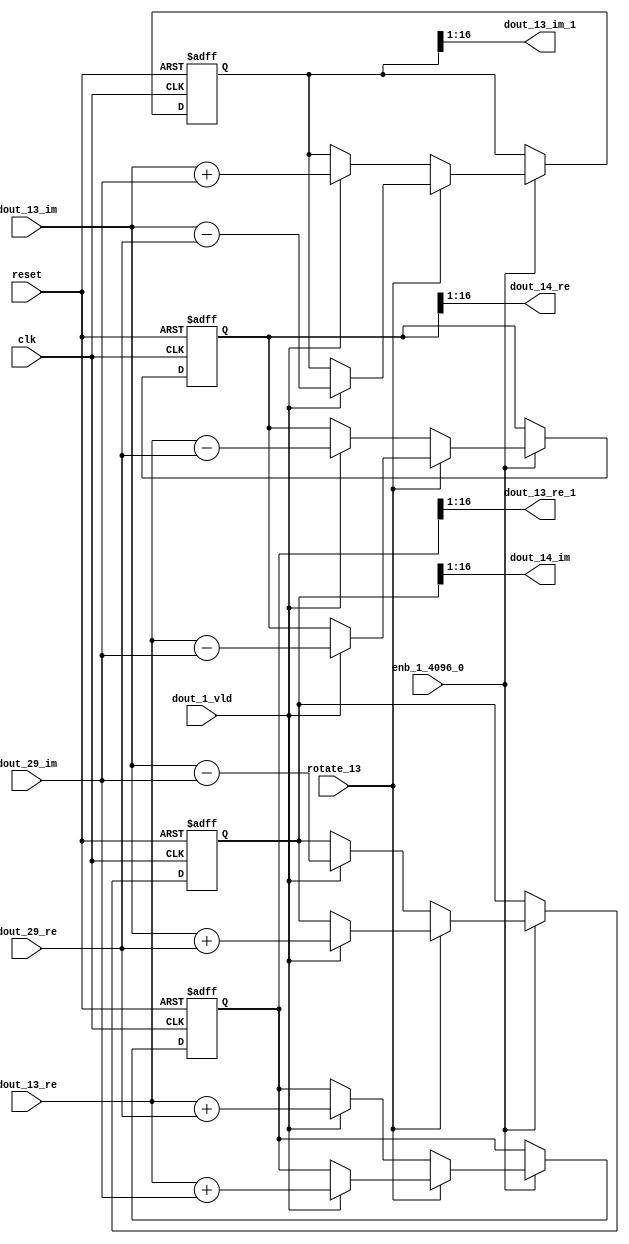
// -------------------------------------------------------------
// 
// 
// Generated by MATLAB 9.14 and HDL Coder 4.1
// 
// -------------------------------------------------------------


// -------------------------------------------------------------
// 
// Module: RADIX22FFT_SDNF2_4_block5
// Source Path: dsphdl.IFFT/RADIX22FFT_SDNF2_4
// Hierarchy Level: 4
// 
// -------------------------------------------------------------

`timescale 1 ns / 1 ns

module RADIX22FFT_SDNF2_4_block5
          (clk,
           reset,
           enb_1_4096_0,
           rotate_13,
           dout_13_re,
           dout_13_im,
           dout_29_re,
           dout_29_im,
           dout_1_vld,
           dout_13_re_1,
           dout_13_im_1,
           dout_14_re,
           dout_14_im);


  input   clk;
  input   reset;
  input   enb_1_4096_0;
  input   rotate_13;  // ufix1
  input   signed [15:0] dout_13_re;  // sfix16_En14
  input   signed [15:0] dout_13_im;  // sfix16_En14
  input   signed [15:0] dout_29_re;  // sfix16_En14
  input   signed [15:0] dout_29_im;  // sfix16_En14
  input   dout_1_vld;
  output  signed [15:0] dout_13_re_1;  // sfix16_En14
  output  signed [15:0] dout_13_im_1;  // sfix16_En14
  output  signed [15:0] dout_14_re;  // sfix16_En14
  output  signed [15:0] dout_14_im;  // sfix16_En14


  reg  Radix22ButterflyG2_NF_din_vld_dly;
  reg signed [16:0] Radix22ButterflyG2_NF_btf1_re_reg;  // sfix17
  reg signed [16:0] Radix22ButterflyG2_NF_btf1_im_reg;  // sfix17
  reg signed [16:0] Radix22ButterflyG2_NF_btf2_re_reg;  // sfix17
  reg signed [16:0] Radix22ButterflyG2_NF_btf2_im_reg;  // sfix17
  reg  Radix22ButterflyG2_NF_din_vld_dly_next;
  reg signed [16:0] Radix22ButterflyG2_NF_btf1_re_reg_next;  // sfix17_En14
  reg signed [16:0] Radix22ButterflyG2_NF_btf1_im_reg_next;  // sfix17_En14
  reg signed [16:0] Radix22ButterflyG2_NF_btf2_re_reg_next;  // sfix17_En14
  reg signed [16:0] Radix22ButterflyG2_NF_btf2_im_reg_next;  // sfix17_En14
  reg signed [15:0] dout_13_re_2;  // sfix16_En14
  reg signed [15:0] dout_13_im_2;  // sfix16_En14
  reg signed [15:0] dout_14_re_1;  // sfix16_En14
  reg signed [15:0] dout_14_im_1;  // sfix16_En14
  reg  dout_4_vld;
  reg signed [16:0] Radix22ButterflyG2_NF_add_cast;  // sfix17_En14
  reg signed [16:0] Radix22ButterflyG2_NF_add_cast_0;  // sfix17_En14
  reg signed [16:0] Radix22ButterflyG2_NF_add_cast_1;  // sfix17_En14
  reg signed [16:0] Radix22ButterflyG2_NF_add_cast_2;  // sfix17_En14
  reg signed [16:0] Radix22ButterflyG2_NF_sub_cast;  // sfix17_En14
  reg signed [16:0] Radix22ButterflyG2_NF_sub_cast_0;  // sfix17_En14
  reg signed [16:0] Radix22ButterflyG2_NF_sub_cast_1;  // sfix17_En14
  reg signed [16:0] Radix22ButterflyG2_NF_sub_cast_2;  // sfix17_En14
  reg signed [16:0] Radix22ButterflyG2_NF_sra_temp;  // sfix17_En14
  reg signed [16:0] Radix22ButterflyG2_NF_add_cast_3;  // sfix17_En14
  reg signed [16:0] Radix22ButterflyG2_NF_add_cast_4;  // sfix17_En14
  reg signed [16:0] Radix22ButterflyG2_NF_add_cast_5;  // sfix17_En14
  reg signed [16:0] Radix22ButterflyG2_NF_add_cast_6;  // sfix17_En14
  reg signed [16:0] Radix22ButterflyG2_NF_sra_temp_0;  // sfix17_En14
  reg signed [16:0] Radix22ButterflyG2_NF_sub_cast_3;  // sfix17_En14
  reg signed [16:0] Radix22ButterflyG2_NF_sub_cast_4;  // sfix17_En14
  reg signed [16:0] Radix22ButterflyG2_NF_sub_cast_5;  // sfix17_En14
  reg signed [16:0] Radix22ButterflyG2_NF_sub_cast_6;  // sfix17_En14
  reg signed [16:0] Radix22ButterflyG2_NF_sra_temp_1;  // sfix17_En14
  reg signed [16:0] Radix22ButterflyG2_NF_sra_temp_2;  // sfix17_En14


  // Radix22ButterflyG2_NF
  always @(posedge clk or posedge reset)
    begin : Radix22ButterflyG2_NF_process
      if (reset == 1'b1) begin
        Radix22ButterflyG2_NF_din_vld_dly <= 1'b0;
        Radix22ButterflyG2_NF_btf1_re_reg <= 17'sb00000000000000000;
        Radix22ButterflyG2_NF_btf1_im_reg <= 17'sb00000000000000000;
        Radix22ButterflyG2_NF_btf2_re_reg <= 17'sb00000000000000000;
        Radix22ButterflyG2_NF_btf2_im_reg <= 17'sb00000000000000000;
      end
      else begin
        if (enb_1_4096_0) begin
          Radix22ButterflyG2_NF_din_vld_dly <= Radix22ButterflyG2_NF_din_vld_dly_next;
          Radix22ButterflyG2_NF_btf1_re_reg <= Radix22ButterflyG2_NF_btf1_re_reg_next;
          Radix22ButterflyG2_NF_btf1_im_reg <= Radix22ButterflyG2_NF_btf1_im_reg_next;
          Radix22ButterflyG2_NF_btf2_re_reg <= Radix22ButterflyG2_NF_btf2_re_reg_next;
          Radix22ButterflyG2_NF_btf2_im_reg <= Radix22ButterflyG2_NF_btf2_im_reg_next;
        end
      end
    end

  always @(Radix22ButterflyG2_NF_btf1_im_reg, Radix22ButterflyG2_NF_btf1_re_reg,
       Radix22ButterflyG2_NF_btf2_im_reg, Radix22ButterflyG2_NF_btf2_re_reg,
       Radix22ButterflyG2_NF_din_vld_dly, dout_13_im, dout_13_re, dout_1_vld,
       dout_29_im, dout_29_re, rotate_13) begin
    Radix22ButterflyG2_NF_add_cast_1 = 17'sb00000000000000000;
    Radix22ButterflyG2_NF_add_cast_2 = 17'sb00000000000000000;
    Radix22ButterflyG2_NF_sub_cast_1 = 17'sb00000000000000000;
    Radix22ButterflyG2_NF_sub_cast_2 = 17'sb00000000000000000;
    Radix22ButterflyG2_NF_add_cast_5 = 17'sb00000000000000000;
    Radix22ButterflyG2_NF_add_cast_6 = 17'sb00000000000000000;
    Radix22ButterflyG2_NF_sub_cast_5 = 17'sb00000000000000000;
    Radix22ButterflyG2_NF_sub_cast_6 = 17'sb00000000000000000;
    Radix22ButterflyG2_NF_add_cast = 17'sb00000000000000000;
    Radix22ButterflyG2_NF_add_cast_0 = 17'sb00000000000000000;
    Radix22ButterflyG2_NF_sub_cast = 17'sb00000000000000000;
    Radix22ButterflyG2_NF_sub_cast_0 = 17'sb00000000000000000;
    Radix22ButterflyG2_NF_add_cast_3 = 17'sb00000000000000000;
    Radix22ButterflyG2_NF_add_cast_4 = 17'sb00000000000000000;
    Radix22ButterflyG2_NF_sub_cast_3 = 17'sb00000000000000000;
    Radix22ButterflyG2_NF_sub_cast_4 = 17'sb00000000000000000;
    Radix22ButterflyG2_NF_btf1_re_reg_next = Radix22ButterflyG2_NF_btf1_re_reg;
    Radix22ButterflyG2_NF_btf1_im_reg_next = Radix22ButterflyG2_NF_btf1_im_reg;
    Radix22ButterflyG2_NF_btf2_re_reg_next = Radix22ButterflyG2_NF_btf2_re_reg;
    Radix22ButterflyG2_NF_btf2_im_reg_next = Radix22ButterflyG2_NF_btf2_im_reg;
    Radix22ButterflyG2_NF_din_vld_dly_next = dout_1_vld;
    if (rotate_13 != 1'b0) begin
      if (dout_1_vld) begin
        Radix22ButterflyG2_NF_add_cast_1 = {dout_13_re[15], dout_13_re};
        Radix22ButterflyG2_NF_add_cast_2 = {dout_29_im[15], dout_29_im};
        Radix22ButterflyG2_NF_btf1_re_reg_next = Radix22ButterflyG2_NF_add_cast_1 + Radix22ButterflyG2_NF_add_cast_2;
        Radix22ButterflyG2_NF_sub_cast_1 = {dout_13_re[15], dout_13_re};
        Radix22ButterflyG2_NF_sub_cast_2 = {dout_29_im[15], dout_29_im};
        Radix22ButterflyG2_NF_btf2_re_reg_next = Radix22ButterflyG2_NF_sub_cast_1 - Radix22ButterflyG2_NF_sub_cast_2;
        Radix22ButterflyG2_NF_add_cast_5 = {dout_13_im[15], dout_13_im};
        Radix22ButterflyG2_NF_add_cast_6 = {dout_29_re[15], dout_29_re};
        Radix22ButterflyG2_NF_btf2_im_reg_next = Radix22ButterflyG2_NF_add_cast_5 + Radix22ButterflyG2_NF_add_cast_6;
        Radix22ButterflyG2_NF_sub_cast_5 = {dout_13_im[15], dout_13_im};
        Radix22ButterflyG2_NF_sub_cast_6 = {dout_29_re[15], dout_29_re};
        Radix22ButterflyG2_NF_btf1_im_reg_next = Radix22ButterflyG2_NF_sub_cast_5 - Radix22ButterflyG2_NF_sub_cast_6;
      end
    end
    else if (dout_1_vld) begin
      Radix22ButterflyG2_NF_add_cast = {dout_13_re[15], dout_13_re};
      Radix22ButterflyG2_NF_add_cast_0 = {dout_29_re[15], dout_29_re};
      Radix22ButterflyG2_NF_btf1_re_reg_next = Radix22ButterflyG2_NF_add_cast + Radix22ButterflyG2_NF_add_cast_0;
      Radix22ButterflyG2_NF_sub_cast = {dout_13_re[15], dout_13_re};
      Radix22ButterflyG2_NF_sub_cast_0 = {dout_29_re[15], dout_29_re};
      Radix22ButterflyG2_NF_btf2_re_reg_next = Radix22ButterflyG2_NF_sub_cast - Radix22ButterflyG2_NF_sub_cast_0;
      Radix22ButterflyG2_NF_add_cast_3 = {dout_13_im[15], dout_13_im};
      Radix22ButterflyG2_NF_add_cast_4 = {dout_29_im[15], dout_29_im};
      Radix22ButterflyG2_NF_btf1_im_reg_next = Radix22ButterflyG2_NF_add_cast_3 + Radix22ButterflyG2_NF_add_cast_4;
      Radix22ButterflyG2_NF_sub_cast_3 = {dout_13_im[15], dout_13_im};
      Radix22ButterflyG2_NF_sub_cast_4 = {dout_29_im[15], dout_29_im};
      Radix22ButterflyG2_NF_btf2_im_reg_next = Radix22ButterflyG2_NF_sub_cast_3 - Radix22ButterflyG2_NF_sub_cast_4;
    end
    Radix22ButterflyG2_NF_sra_temp = Radix22ButterflyG2_NF_btf1_re_reg >>> 8'd1;
    dout_13_re_2 = Radix22ButterflyG2_NF_sra_temp[15:0];
    Radix22ButterflyG2_NF_sra_temp_0 = Radix22ButterflyG2_NF_btf1_im_reg >>> 8'd1;
    dout_13_im_2 = Radix22ButterflyG2_NF_sra_temp_0[15:0];
    Radix22ButterflyG2_NF_sra_temp_1 = Radix22ButterflyG2_NF_btf2_re_reg >>> 8'd1;
    dout_14_re_1 = Radix22ButterflyG2_NF_sra_temp_1[15:0];
    Radix22ButterflyG2_NF_sra_temp_2 = Radix22ButterflyG2_NF_btf2_im_reg >>> 8'd1;
    dout_14_im_1 = Radix22ButterflyG2_NF_sra_temp_2[15:0];
    dout_4_vld = Radix22ButterflyG2_NF_din_vld_dly;
  end



  assign dout_13_re_1 = dout_13_re_2;

  assign dout_13_im_1 = dout_13_im_2;

  assign dout_14_re = dout_14_re_1;

  assign dout_14_im = dout_14_im_1;

endmodule  // RADIX22FFT_SDNF2_4_block5